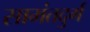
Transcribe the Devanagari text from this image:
सामंतदुर्ग